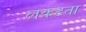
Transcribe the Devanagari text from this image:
लकटता